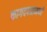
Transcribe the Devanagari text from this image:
कागदपत्रामध्ये